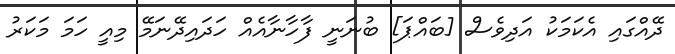
ދޭއްގައި އެކަމަކު އަދިވެސް [ބައްޕަ] ބުނަނީ ފާހާނާއެއް ހަދައިދޭނަމޭ މިއީ ހަމަ މަކަރު